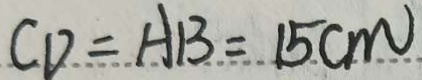
C D = A B = 1 5 c m